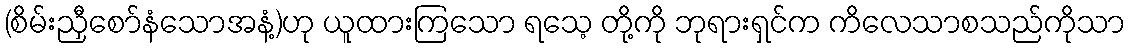
(စိမ်းညှီစော်နံသောအနံ့)ဟု ယူထားကြသော ရသေ့ တို့ကို ဘုရားရှင်က ကိလေသာစသည်ကိုသာ